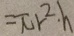
= \pi r ^ { 2 } \cdot h